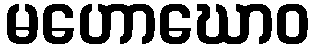
မဟောဃောဝ